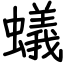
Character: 蟻